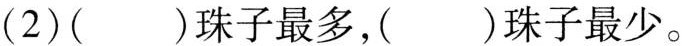
(2) ( )珠子最多，( )珠子最少。